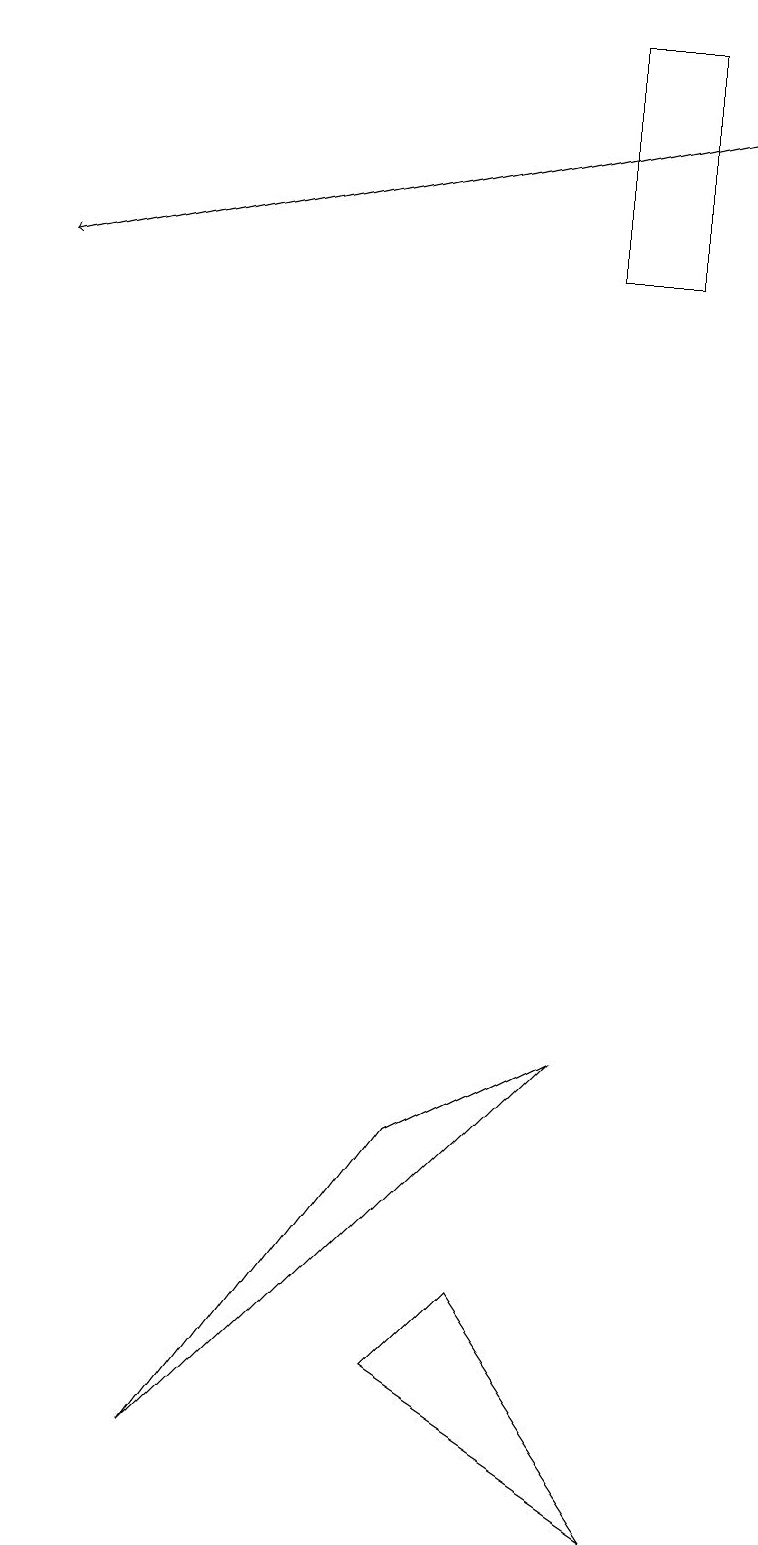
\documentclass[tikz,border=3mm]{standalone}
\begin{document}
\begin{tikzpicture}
\draw (5,2) -- (6,3) -- (8,0) -- cycle;
\draw[->] (9,18) -- (0,16);
\draw (8,19) rectangle (7,16);
\draw (2,1) -- (7,6) -- (5,5) -- cycle;
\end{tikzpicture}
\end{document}